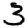
Digit: 3